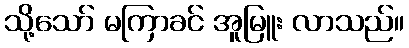
သို့သော် မကြာခင် အူမြူး လာသည်။